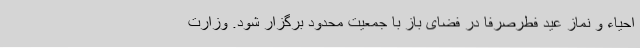
احیاء و نماز عید فطرصرفاً در فضای باز با جمعیت محدود برگزار شود. وزارت